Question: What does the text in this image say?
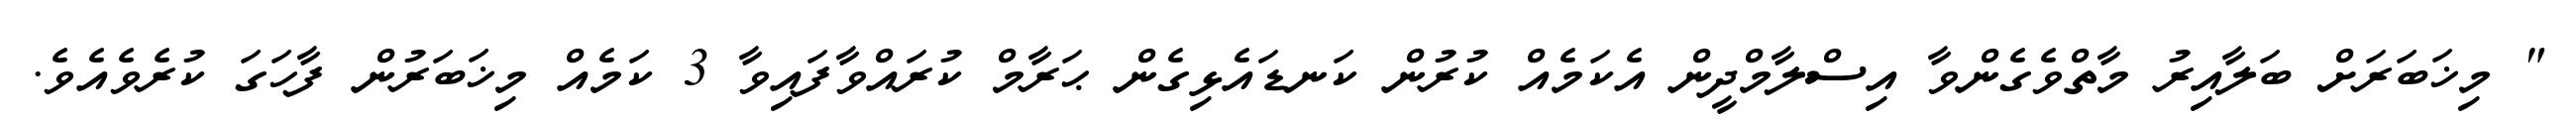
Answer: " މިޚަބަރަށް ބަލާއިރު މާތްވެގެންވާ އިސްލާމްދީން އެކަމެއް ކުރުން ކަނޑައެޅިގެން ޙަރާމް ކުރައްވާފައިވާ 3 ކަމެއް މިޚަބަރުން ފާހަގަ ކުރެވެއެވެ.